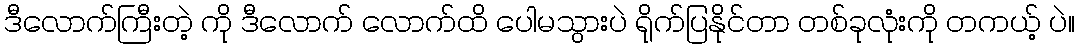
ဒီလောက်ကြီးတဲ့ ကို ဒီလောက် လောက်ထိ ပေါမသွားပဲ ရိုက်ပြနိုင်တာ တစ်ခုလုံးကို တကယ့် ပဲ။